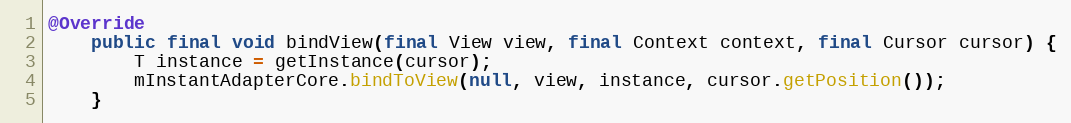
Language: Java
@Override
    public final void bindView(final View view, final Context context, final Cursor cursor) {
        T instance = getInstance(cursor);
        mInstantAdapterCore.bindToView(null, view, instance, cursor.getPosition());
    }